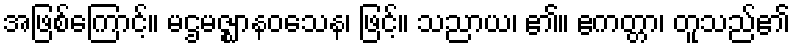
အဖြစ်ကြောင့်။ မဌမဇ္ဈာနဝသေန၊ ဖြင့်။ သညာယ၊ ၏။ ဧကတ္တာ၊ တူသည်၏